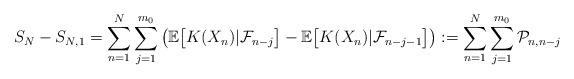
LaTeX: \begin{align*}S_N-S_{N,1}=\sum^N_{n=1}\sum^{m_0}_{j=1}\left( \mathbb{E}\big[K(X_n)|\mathcal{F}_{n-j}\big]-\mathbb{E}\big[K(X_n)|\mathcal{F}_{n-j-1}\big]\right):=\sum^N_{n=1}\sum^{m_0}_{j=1}\mathcal{P}_{n,n-j}\end{align*}